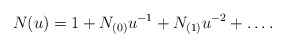
\begin{align*}N(u)=1+N_{(0)}u^{-1}+N_{(1)}u^{-2}+\ldots.\end{align*}